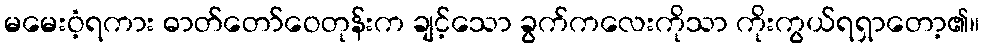
မမေးဝံ့ရကား ဓာတ်တော်ဝေတုန်းက ချင့်သော ခွက်ကလေးကိုသာ ကိုးကွယ်ရရှာတော့၏။